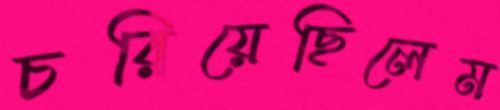
চরিয়েছিলেম